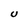
Character: U